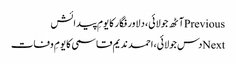
Previousآٹھ جولائی، دلاور فگار کا یومِ پیدائش
Nextدس جولائی، احمد ندیم قاسمی کا یومِ وفات